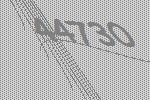
44730